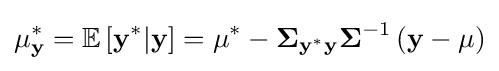
\mathbf {\mu } _{\mathbf {y} }^{*}=\mathbb {E} \left[\mathbf {y} ^{*}|\mathbf {y} \right]=\mathbf {\mu } ^{*}-\mathbf {\Sigma } _{\mathbf {y} ^{*}\mathbf {y} }\mathbf {\Sigma } ^{-1}\left(\mathbf {y} -\mathbf {\mu } \right)